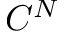
C ^ { N }